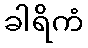
ခါရိကံ